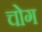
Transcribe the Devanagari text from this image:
चोग